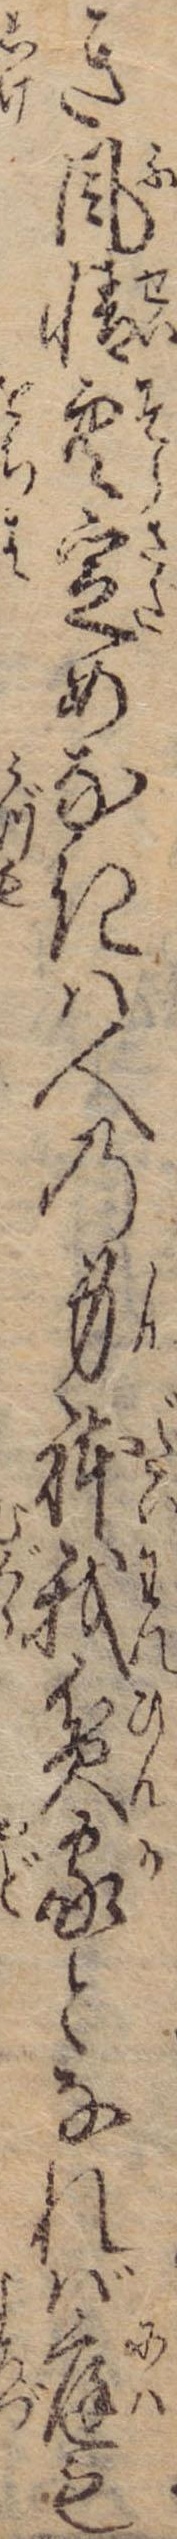
き風情空定めなきは人の身体我貧家となれば庭も